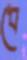
ধে